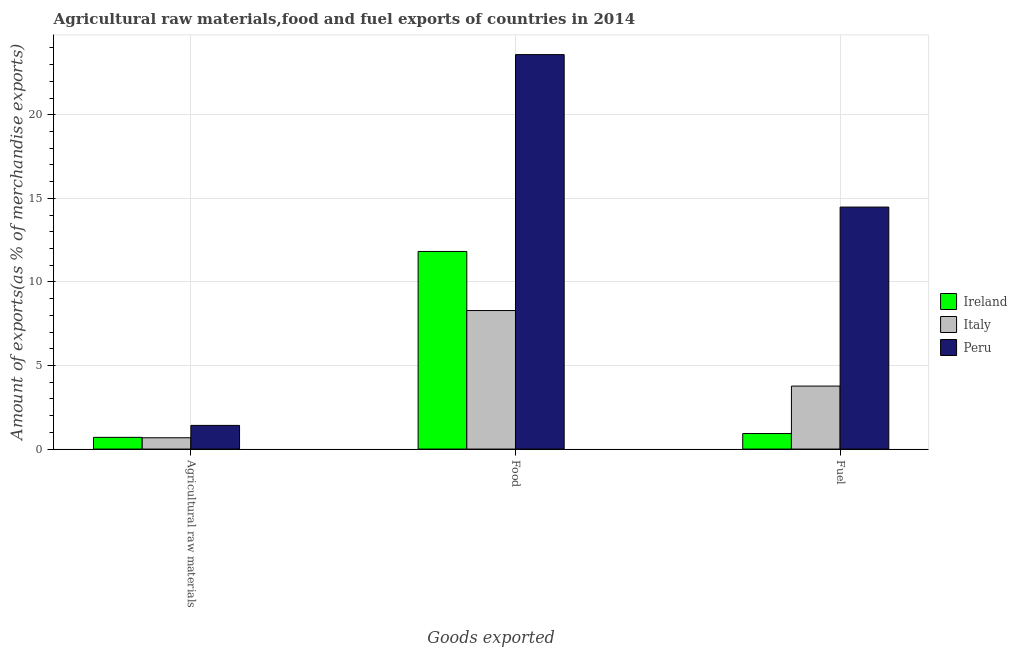
| Goods exported | Ireland | Italy | Peru |
 | --- | --- | --- | --- |
 | Agricultural raw materials | 0.702 | 0.677 | 1.42 |
 | Food | 11.8 | 8.29 | 23.6 |
 | Fuel | 0.929 | 3.77 | 14.5 |